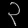
Digit: ၃